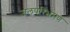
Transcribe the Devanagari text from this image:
जलपरिभ्रमण